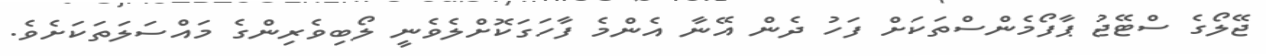
ޖޭލޯގެ ސްޓޭޖު ޕާފޯމެންސްތަކަށް ފަހު ދެން އޭނާ އެންމެ ފާހަގަކޮށްލެވެނީ ލޯބިވެރިންގެ މައްސަލަތަކަށެވެ.